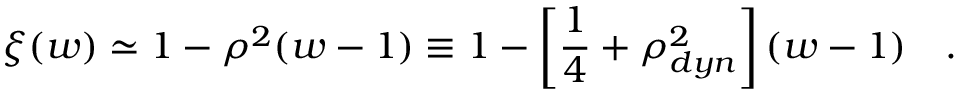
\xi ( w ) \simeq 1 - \rho ^ { 2 } ( w - 1 ) \equiv 1 - \left[ { \frac { 1 } { 4 } } + \rho _ { d y n } ^ { 2 } \right] ( w - 1 ) ~ ~ ~ .